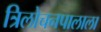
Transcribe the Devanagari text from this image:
त्रिलोचनपालाला